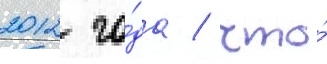
2012 го́да / что́